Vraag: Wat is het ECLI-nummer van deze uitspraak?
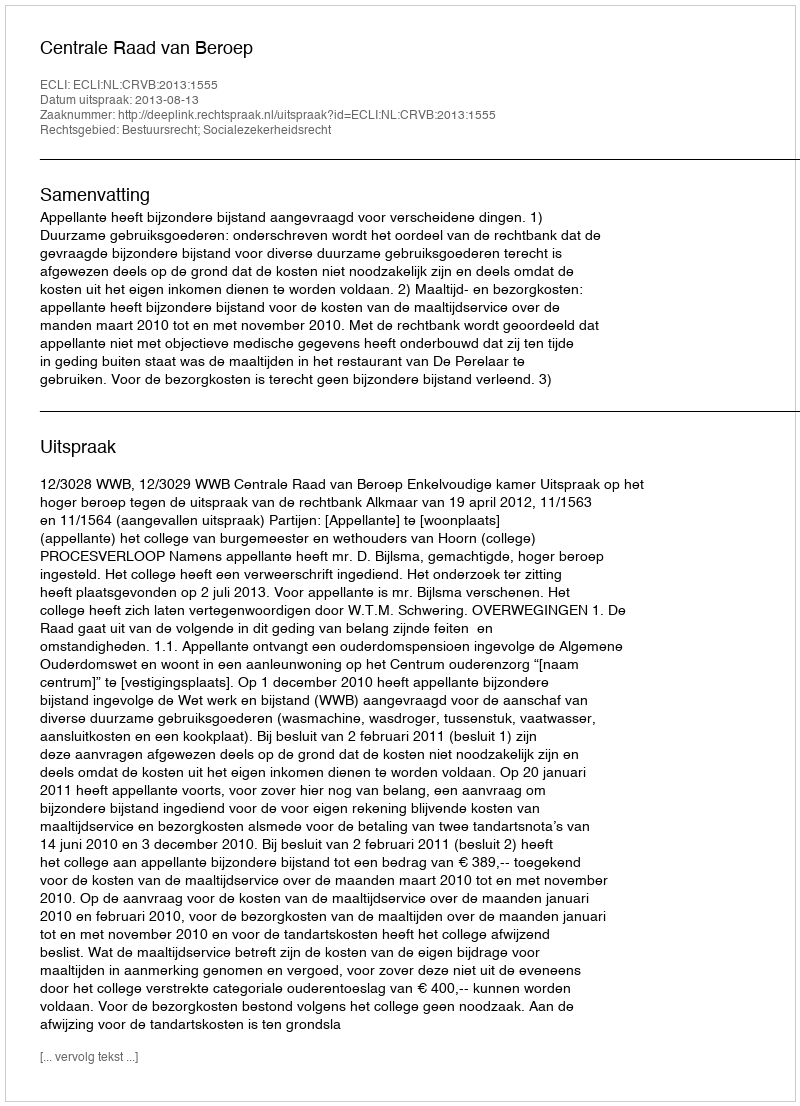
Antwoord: ECLI:NL:CRVB:2013:1555